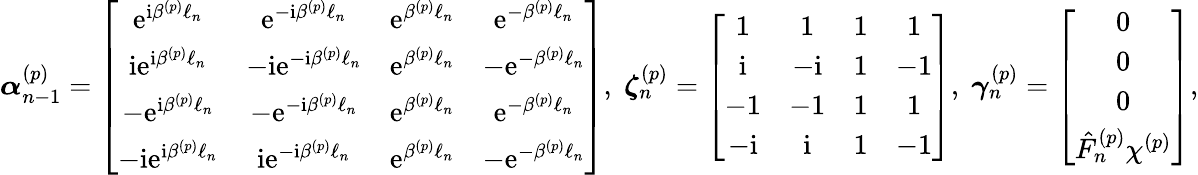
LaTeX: \boldsymbol\alpha_{n-1}^{(p)}=\left[\begin{array}{cccc}{\mathrm{e}^{\mathrm{i}\beta^{(p)}\ell_{n}}}&{\mathrm{e}^{-\mathrm{i}\beta^{(p)}\ell_{n}}}&{\mathrm{e}^{\beta^{(p)}\ell_{n}}}&{\mathrm{e}^{-\beta^{(p)}\ell_{n}}}\\ {\mathrm{i}\mathrm{e}^{\mathrm{i}\beta^{(p)}\ell_{n}}}&{-\mathrm{i}\mathrm{e}^{-\mathrm{i}\beta^{(p)}\ell_{n}}}&{\mathrm{e}^{\beta^{(p)}\ell_{n}}}&{-\mathrm{e}^{-\beta^{(p)}\ell_{n}}}\\ {-\mathrm{e}^{\mathrm{i}\beta^{(p)}\ell_{n}}}&{-\mathrm{e}^{-\mathrm{i}\beta^{(p)}\ell_{n}}}&{\mathrm{e}^{\beta^{(p)}\ell_{n}}}&{\mathrm{e}^{-\beta^{(p)}\ell_{n}}}\\ {-\mathrm{i}\mathrm{e}^{\mathrm{i}\beta^{(p)}\ell_{n}}}&{\mathrm{i}\mathrm{e}^{-\mathrm{i}\beta^{(p)}\ell_{n}}}&{\mathrm{e}^{\beta^{(p)}\ell_{n}}}&{-\mathrm{e}^{-\beta^{(p)}\ell_{n}}}\end{array}\right],\; \boldsymbol\zeta_{n}^{(p)}=\left[\begin{array}{cccc}{1}&{1}&{1}&{1}\\ {\mathrm{i}}&{-\mathrm{i}}&{1}&{-1}\\ {-1}&{-1}&{1}&{1}\\ {-\mathrm{i}}&{\mathrm{i}}&{1}&{-1}\end{array}\right],\; \boldsymbol\gamma_{n}^{(p)}=\left[\begin{array}{c}{0}\\ {0}\\ {0}\\ {\hat{F}_{n}^{(p)}\chi^{(p)}}\end{array}\right],